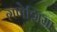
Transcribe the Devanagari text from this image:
गणेशिया